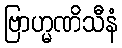
ဗြာဟ္မဏိသီနံ